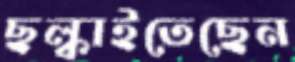
ছল্‌কাইতেছেন